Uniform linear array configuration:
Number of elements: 24
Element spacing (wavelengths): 0.25
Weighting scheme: kaiser
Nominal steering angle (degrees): -15
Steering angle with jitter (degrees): -14.084
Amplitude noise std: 0.05
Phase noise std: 0.05

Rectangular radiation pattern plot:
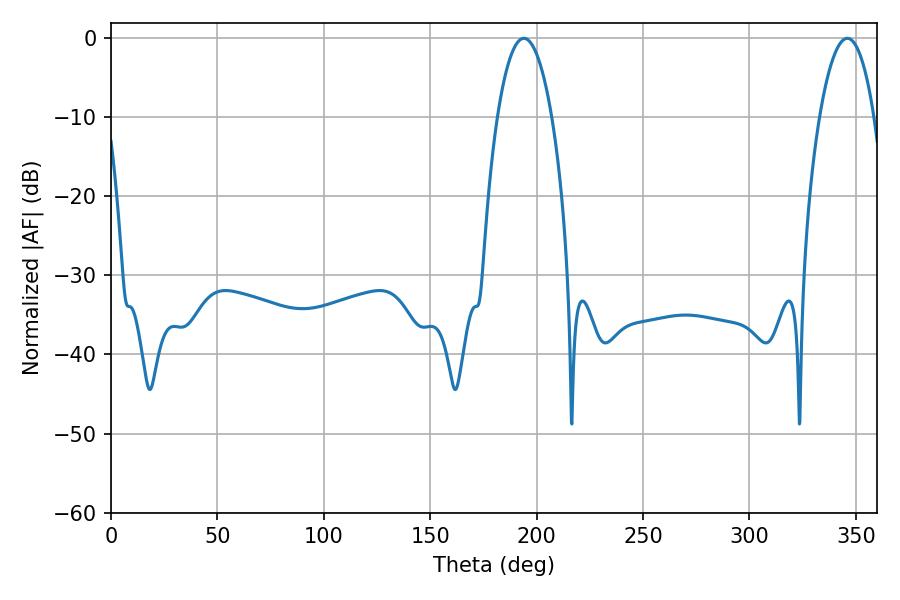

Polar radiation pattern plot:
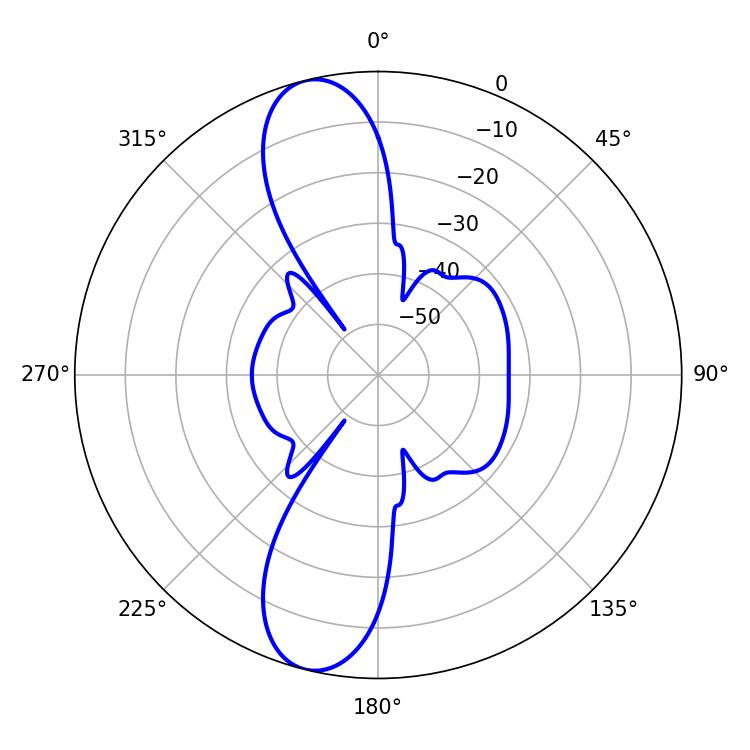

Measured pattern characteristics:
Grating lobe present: FALSE
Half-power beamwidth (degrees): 14.22
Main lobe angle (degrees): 194.04